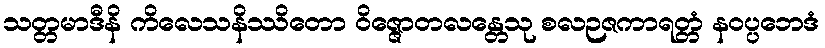
သတ္တမာဒီနိ ကိလေသနိဿိတော ဝိဇ္ဇောတလန္တေသု စလဉဇကာရတ္တံ နဝပ္ပဘေဒံ